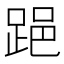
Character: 𨁲